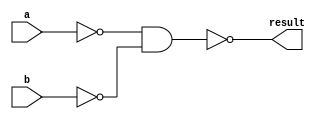
`timescale 1ns / 1ps
//////////////////////////////////////////////////////////////////////////////////
// Company: 
// Engineer: 
// 
// Design Name: 
// Module Name: new_or
// Project Name: 
// Target Devices: 
// Tool Versions: 
// Description: 
// 
// Dependencies: 
// 
// Revision:
// Revision 0.01 - File Created
// Additional Comments:
// 
//////////////////////////////////////////////////////////////////////////////////



module new_or(
    input a,
    input b,
    output result
);

wire temp1, temp2;

nand(temp1,a,a);
nand(temp2,b,b);
nand(result, temp1, temp2);

endmodule